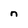
Character: n